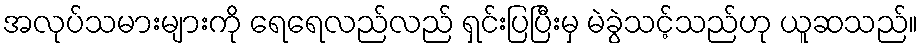
အလုပ်သမားများကို ရေရေလည်လည် ရှင်းပြပြီးမှ မဲခွဲသင့်သည်ဟု ယူဆသည်။